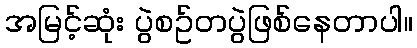
အမြင့်ဆုံး ပွဲစဥ်တပွဲဖြစ်နေတာပါ။